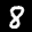
Label: 8